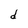
Character: d